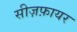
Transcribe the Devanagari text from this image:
सीज़फ़ायर